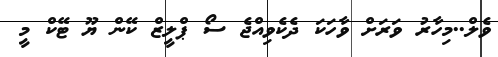
ވެލް..މިހާރު ވަރަށް ވާހަކަ ދެކެވިއްޖެ ސޯ ޕްލީޒް ކޭން ޔޫ ޓޭކް މީ